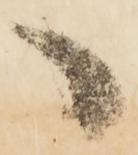
々